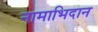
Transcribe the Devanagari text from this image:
नामाभिदान